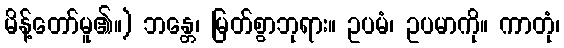
မိန့်တော်မူ၏။) ဘန္တေ၊ မြတ်စွာဘုရား။ ဥပမံ၊ ဥပမာကို။ ကာတုံ၊